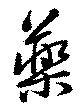
薬